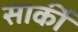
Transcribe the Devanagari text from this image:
सार्की